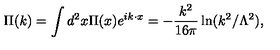
\Pi ( k ) = \int d ^ { 2 } x \Pi ( x ) e ^ { i k \cdot x } = - \frac { k ^ { 2 } } { 1 6 \pi } \ln ( k ^ { 2 } / \Lambda ^ { 2 } ) ,